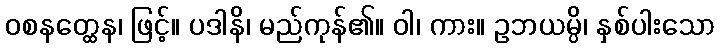
ဝစနတ္ထေန၊ ဖြင့်။ ပဒါနိ၊ မည်ကုန်၏။ ဝါ၊ ကား။ ဥဘယမ္ပိ၊ နှစ်ပါးသော